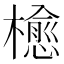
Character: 𣜴